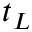
t _ { L }